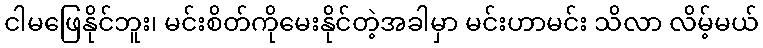
ငါမဖြေနိုင်ဘူး၊ မင်းစိတ်ကိုမေးနိုင်တဲ့အခါမှာ မင်းဟာမင်း သိလာ လိမ့်မယ်